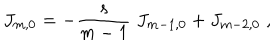
J _ { m , 0 } = - \frac { s } { m - 1 } \; J _ { m - 1 , 0 } + J _ { m - 2 , 0 } \; ,